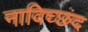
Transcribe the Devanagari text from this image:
नाविच्छंद